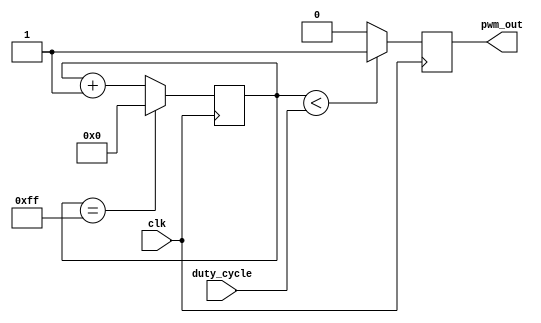
module PWM_Pulse_Generator(
    input wire clk,
    input wire [7:0] duty_cycle,
    output reg pwm_out
);

reg [7:0] counter;

always @(posedge clk) begin
    if (counter < duty_cycle) begin
        pwm_out <= 1'b1;
    end else begin
        pwm_out <= 1'b0;
    end
    
    if (counter == 255) begin
        counter <= 8'h00;
    end else begin
        counter <= counter + 1;
    end
end

endmodule